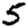
Digit: 5